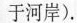
于河岸).